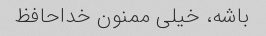
باشه، خیلی ممنون خداحافظ